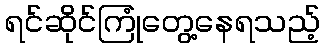
ရင်ဆိုင်ကြုံတွေ့နေရသည့်